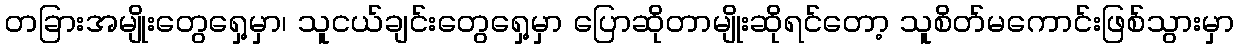
တခြားအမျိုးတွေရှေ့မှာ၊ သူငယ်ချင်းတွေရှေ့မှာ ပြောဆိုတာမျိုးဆိုရင်တော့ သူစိတ်မကောင်းဖြစ်သွားမှာ